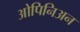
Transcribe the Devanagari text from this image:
ओपिनिअन